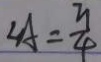
\angle A = \frac { 3 } { 4 }